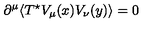
\partial ^ { \mu } \langle T ^ { \star } V _ { \mu } ( x ) V _ { \nu } ( y ) \rangle = 0